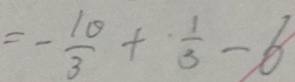
= - \frac { 1 0 } { 3 } + \frac { 1 } { 3 } - 6